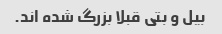
بیل و بتی قبلا بزرگ شده اند.